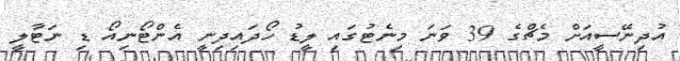
އުދިނޭސީއަށް މެޗްގެ 39 ވަނަ މިނެޓުގައި ލީޑު ހޯދައިދިނީ އެންޓޯނިއޯ ޑި ނަޓާލީ